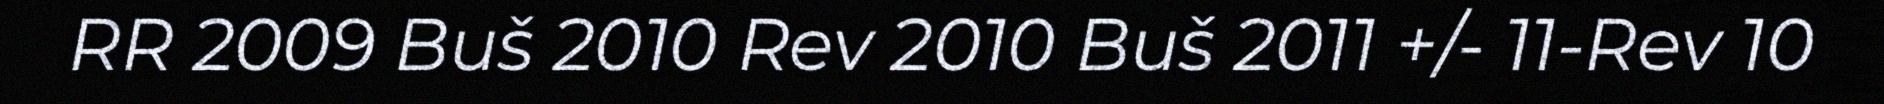
RR 2009 Buš 2010 Rev 2010 Buš 2011 +/- 11-Rev 10